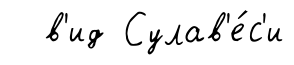
в'ид Сулав'е́с'и